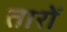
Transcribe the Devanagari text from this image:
तारोँ